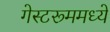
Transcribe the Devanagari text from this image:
गेस्टरूममध्ये